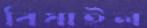
বিষাইল